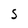
Character: S